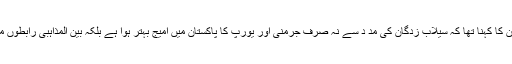
ڈوئچے ویلے سے گفتگو کرتے ہوئے ان کا کہنا تھا کہ سیلاب زدگان کی مد د سے نہ صرف جرمنی اور یورپ کا پاکستان میں امیج بہتر ہوا ہے بلکہ بین المذاہبی رابطوں میں بہتری کی راہ بھی ہموار ہوگئی ہے۔